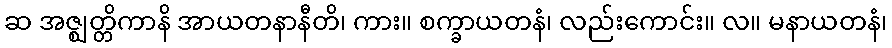
ဆ အဇ္ဈတ္တိကာနိ အာယတနာနီတိ၊ ကား။ စက္ခာယတနံ၊ လည်းကောင်း။ လ။ မနာယတနံ၊